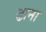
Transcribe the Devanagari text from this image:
ढाना